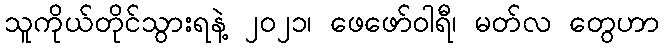
သူကိုယ်တိုင်သွားရနဲ့ ၂၀၂၁၊ ဖေဖော်ဝါရီ၊ မတ်လ တွေဟာ